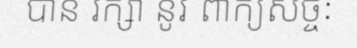
បាន រក្សា នូវ ពាក្យសច្ចៈ